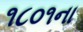
૧૮૦૧ના